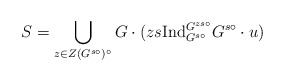
\begin{align*}S=\bigcup_{z\in Z(G^{s\circ})^\circ}G\cdot(zs {\rm Ind}_{G^{s\circ}}^{G^{zs\circ}}G^{s\circ}\cdot u)\end{align*}